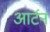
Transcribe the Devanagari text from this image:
आर्टन